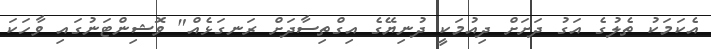
އެކަމަކު ތެލުގެ އަގު ދަށަށް ދިއުމަކީ ދުނިޔޭގެ އިގްތިސާދަށް ރަނގަޅެއް" ވޮޝިންޓަނުގައި ވާހަކަ